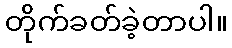
တိုက်ခတ်ခဲ့တာပါ။